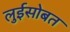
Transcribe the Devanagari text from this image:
लुईसोबत